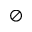
\oslash